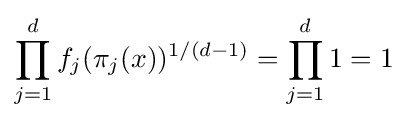
\prod _{j=1}^{d}f_{j}(\pi _{j}(x))^{1/(d-1)}=\prod _{j=1}^{d}1=1